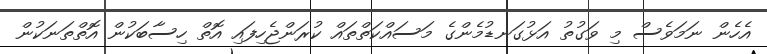
އެހެން ނަމަވެސް މި ވަގުތު އަޅުގަނޑުމެންގެ މަސައްކަތްތައް ކުރަންޖެހިފައި އޮތް ހިސާބަކުން އޮތްތަނަކުން